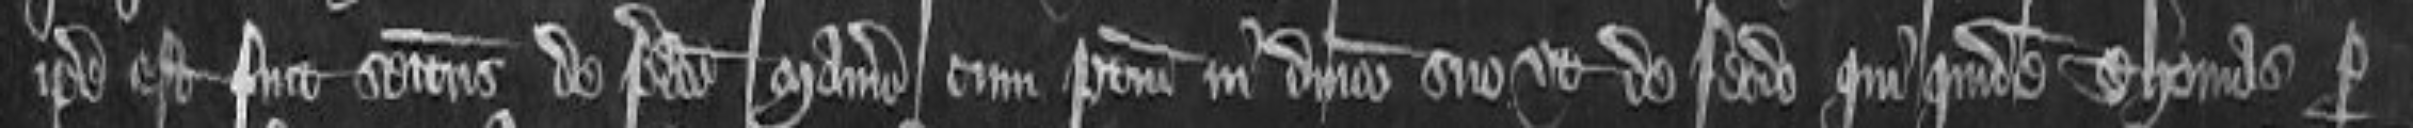
ipse est fuit seisitus de predicto manerio cum pertinenciis in dominico suo ut de feodo. qui quidem Thomas per